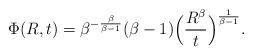
\begin{align*}\Phi(R,t)=\beta^{-\frac{\beta}{\beta-1}}(\beta-1)\Bigl(\frac{R^{\beta}}{t}\Bigr)^{\frac{1}{\beta-1}}.\end{align*}